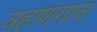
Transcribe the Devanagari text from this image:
वहाणगाव